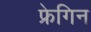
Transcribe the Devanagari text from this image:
फ्रेगिन